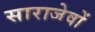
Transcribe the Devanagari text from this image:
साराजेवों